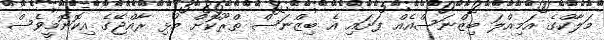
މަލާކްގެ އަމިއްލަ ބިޒްނަސްއެއް ފަށައި އެ ބިޒްނަސް ތްރޫކޮށް މުޅި ރާއްޖޭގެ އިކޮނޮމީވެސް